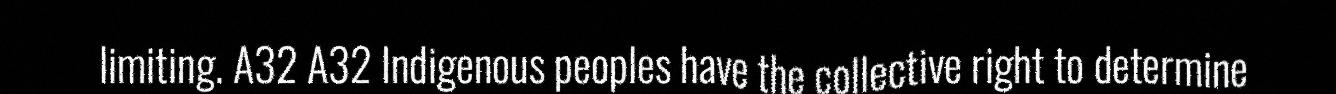
limiting. A32 A32 Indigenous peoples have the collective right to determine